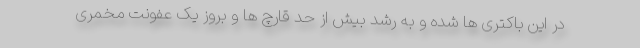
در این باکتری ها شده و به رشد بیش از حد قارچ ها و بروز یک عفونت مخمری